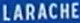
LARACHE